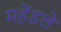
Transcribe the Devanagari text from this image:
महेंडले